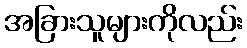
အခြားသူများကိုလည်း